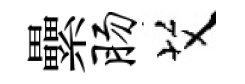
纍肠艾